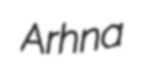
Arhna